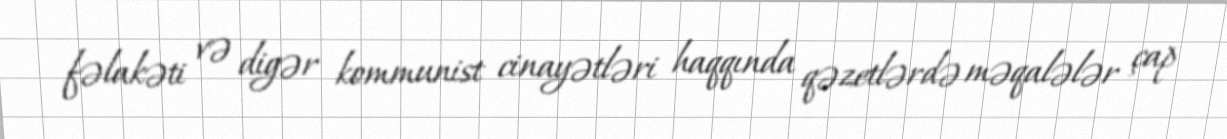
fəlakəti və digər kommunist cinayətləri haqqında qəzetlərdə məqalələr çap